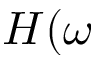
H ( \omega